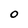
Character: O